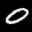
Label: 0